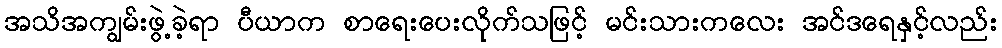
အသိအကျွမ်းဖွဲ့ခဲ့ရာ ပီယာက စာရေးပေးလိုက်သဖြင့် မင်းသားကလေး အင်ဒရေနှင့်လည်း